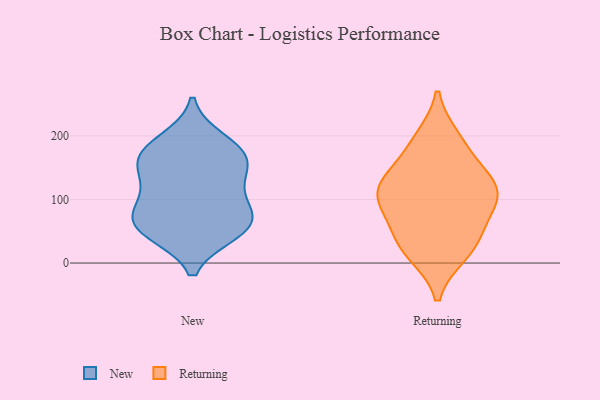
{"axis": {"x": "Headcount", "y": "Value"}, "legend": ["New", "Returning"], "data": [{"x": "", "y": 178, "type": "New"}, {"x": "", "y": 166, "type": "New"}, {"x": "", "y": 51, "type": "New"}, {"x": "", "y": 75, "type": "New"}, {"x": "", "y": 118, "type": "New"}, {"x": "", "y": 83, "type": "New"}, {"x": "", "y": 48, "type": "New"}, {"x": "", "y": 159, "type": "New"}, {"x": "", "y": 124, "type": "New"}, {"x": "", "y": 193, "type": "New"}, {"x": "", "y": 160, "type": "New"}, {"x": "", "y": 70, "type": "New"}, {"x": "", "y": 53, "type": "New"}, {"x": "", "y": 19, "type": "Returning"}, {"x": "", "y": 111, "type": "Returning"}, {"x": "", "y": 187, "type": "Returning"}, {"x": "", "y": 15, "type": "Returning"}, {"x": "", "y": 37, "type": "Returning"}, {"x": "", "y": 53, "type": "Returning"}, {"x": "", "y": 196, "type": "Returning"}, {"x": "", "y": 80, "type": "Returning"}, {"x": "", "y": 120, "type": "Returning"}, {"x": "", "y": 105, "type": "Returning"}, {"x": "", "y": 127, "type": "Returning"}, {"x": "", "y": 103, "type": "Returning"}, {"x": "", "y": 147, "type": "Returning"}]}